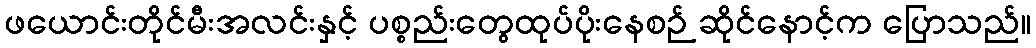
ဖယောင်းတိုင်မီးအလင်းနှင့် ပစ္စည်းတွေထုပ်ပိုးနေစဉ် ဆိုင်နောင့်က ပြောသည်။